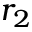
r _ { 2 }